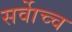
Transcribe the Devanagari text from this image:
सर्वाेच्च